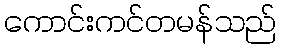
ကောင်းကင်တမန်သည်